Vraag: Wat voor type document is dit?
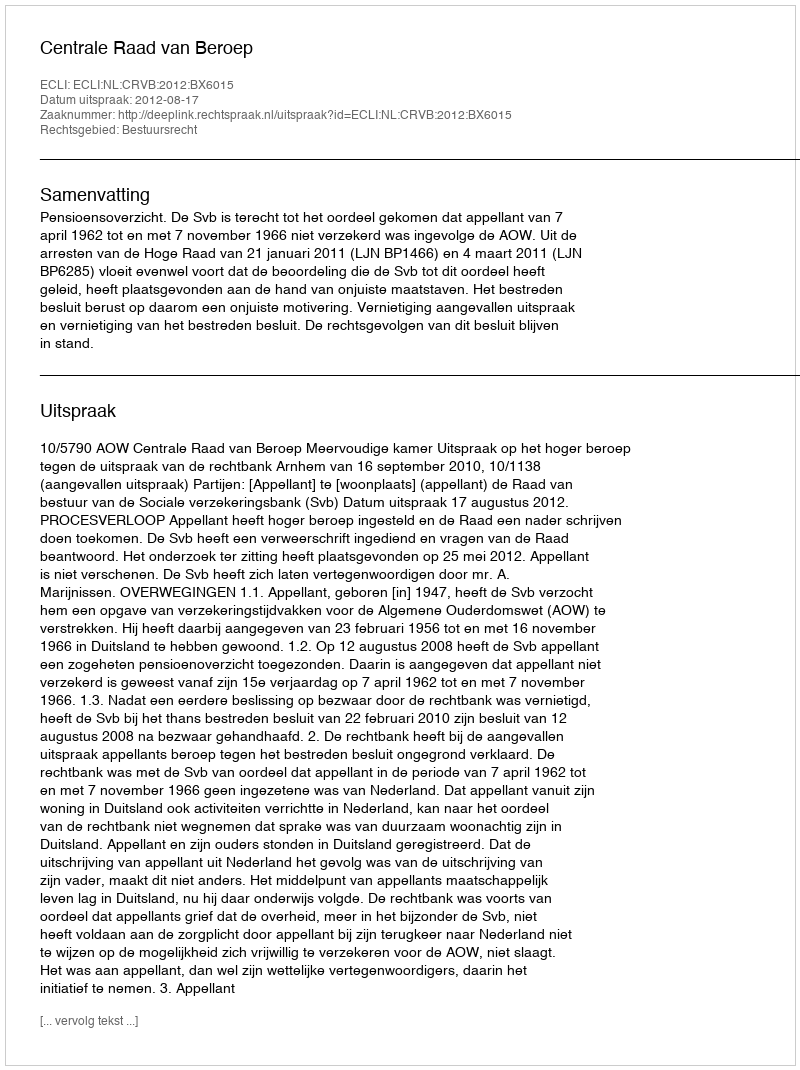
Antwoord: Uitspraak